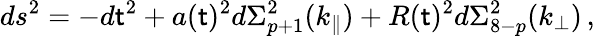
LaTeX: ds^{2}=-d\mathsf{t}^{2}+a(\mathsf{t})^{2}d\Sigma_{p+1}^{2}(k_{\parallel})+R(\mathsf{t})^{2}d\Sigma_{8-p}^{2}(k_{\perp})\, ,